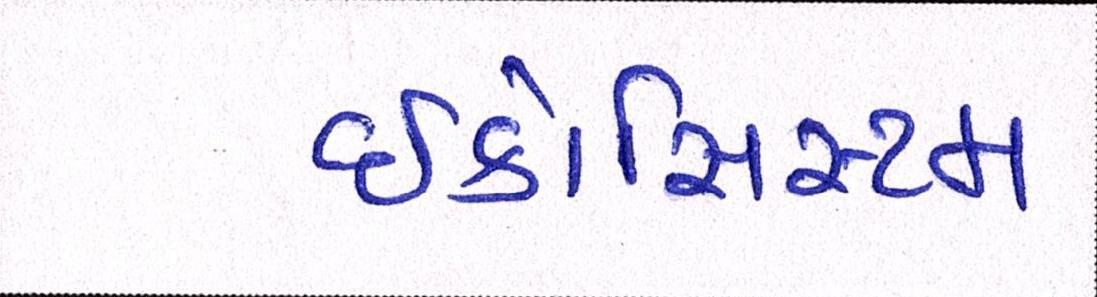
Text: ઇકોસિસ્ટમ